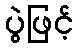
ပွဲဖြင့်